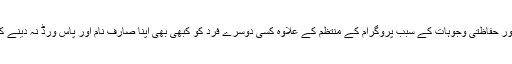
آپ اپنی حفاظت اور حفاظتی وجوہات کے سبب پروگرام کے منتظم کے علاوہ کسی دوسرے فرد کو کبھی بھی اپنا صارف نام اور پاس ورڈ نہ دینے کے لیے متفق ہیں۔